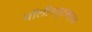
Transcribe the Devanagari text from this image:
पॉलीग्लुटमाइन